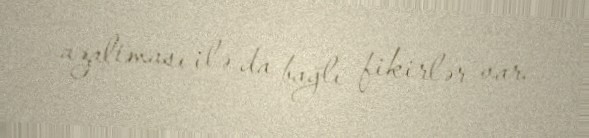
azaltması ilə da bağlı fikirlər var.